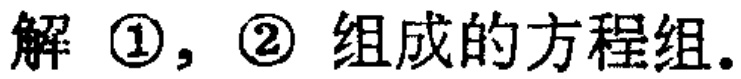
解 \textcircled{1}，\textcircled{2} 组成的方程组.